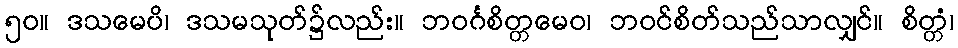
၅၀။ ဒသမေပိ၊ ဒသမသုတ်၌လည်း။ ဘဝင်္ဂစိတ္တမေဝ၊ ဘဝင်စိတ်သည်သာလျှင်။ စိတ္တံ၊